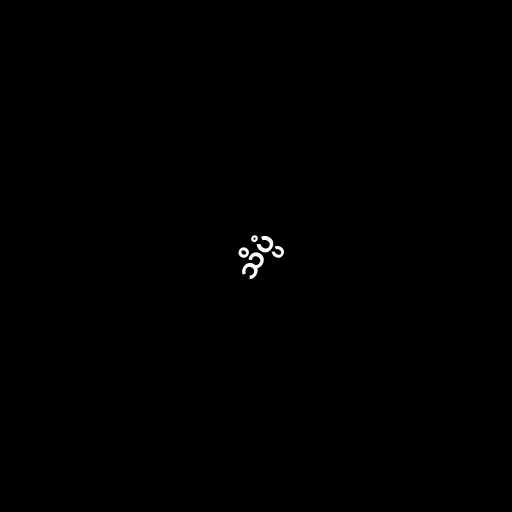
သိပ္ပံ